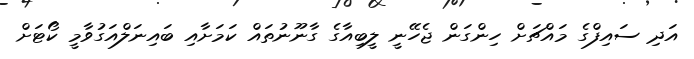
އަދި ސައިފްގެ މައްޗަށް ހިންގަން ޖެހޭނީ ލީބިއާގެ ގާނޫނުތައް ކަމަށާއި ބައިނަލްއަގުވާމީ ކޯޓަށް